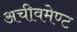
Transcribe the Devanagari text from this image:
अचीवमेण्ट